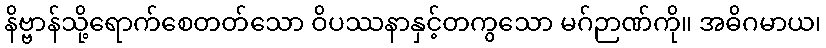
နိဗ္ဗာန်သို့ရောက်စေတတ်သော ဝိပဿနာနှင့်တကွသော မဂ်ဉာဏ်ကို။ အဓိဂမာယ၊